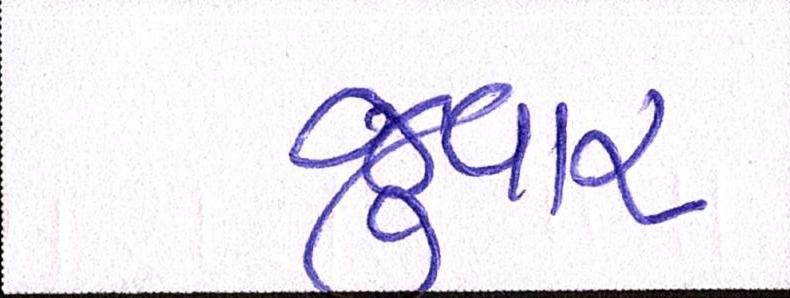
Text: જુવાર